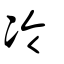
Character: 冷